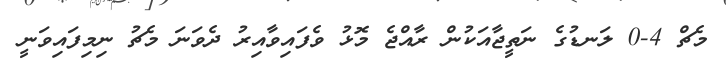
މެޗް 4-0 ލަނޑުގެ ނަތީޖާއަކުން ރާއްޖެ މޮޅު ވެފައިވާއިރު ދެވަނަ މެޗު ނިމިފައިވަނީ